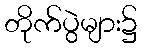
တိုက်ပွဲများ၌